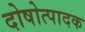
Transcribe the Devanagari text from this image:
दोषोत्पादक